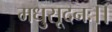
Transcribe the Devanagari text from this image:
मधुसूदनः।।